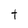
Character: t